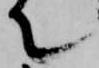
て